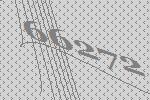
66272